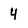
Character: 4